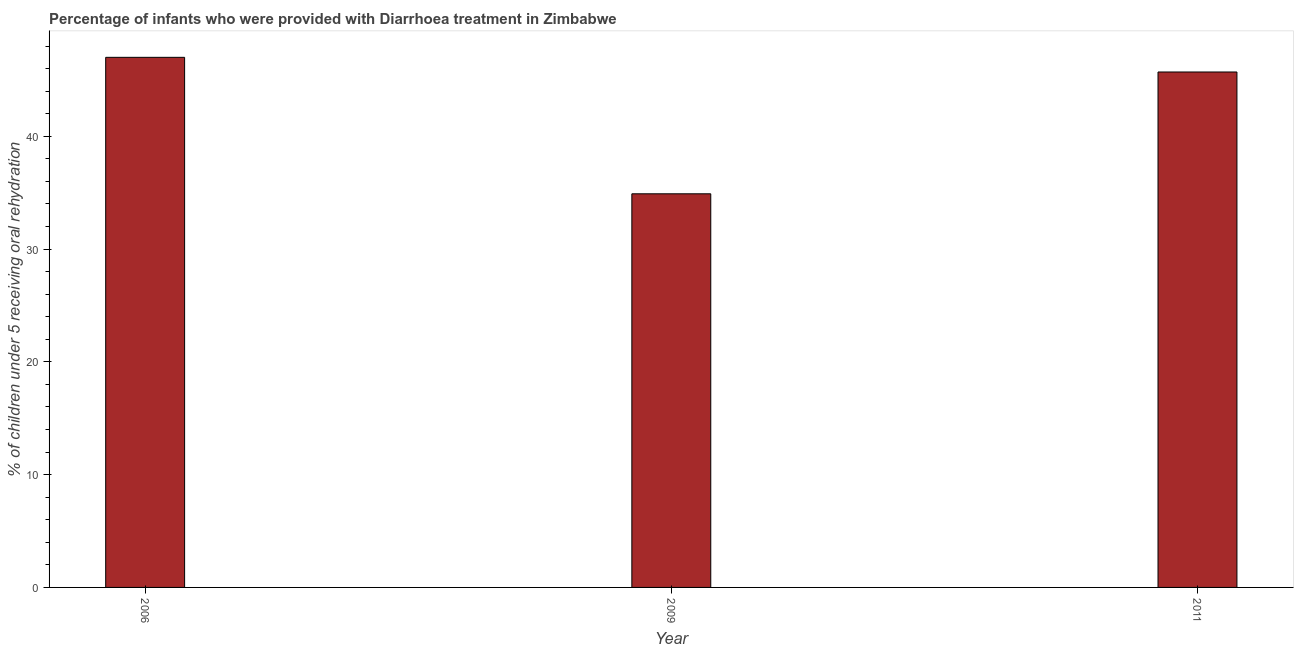
| Year | Diarrhea treatment |
 | --- | --- |
 | 2006 | 47 |
 | 2009 | 34.9 |
 | 2011 | 45.7 |